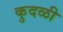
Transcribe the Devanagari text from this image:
कुदळी